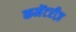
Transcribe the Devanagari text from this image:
कमेंटरीज़